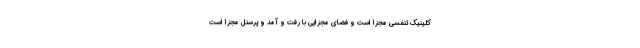
کلینیک تنفسی مجزا است و فضای مجزایی با رفت و آمد و پرسنل مجزا است